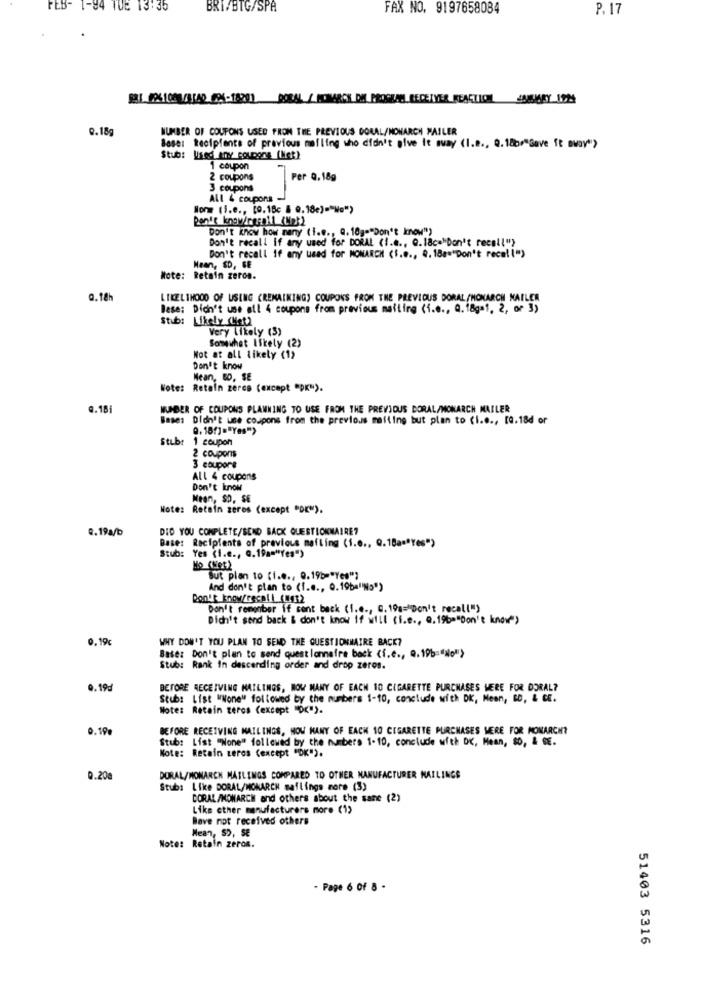
FEB- 1-94 TUE 13:35
BRI/BTG/SPA
FAX NO. 9197658084
P. 17
BBL 004108/81A2 04-18201 PORAL / KOMARCH ON PROGRAM RECEIVER REACTION ANEURY 17M
9.18g
NUMBER OF COUPONS USED FRON THE PREVIOUS DOMAL/MONARCH MAILER
Base: Recipients of previous mailing who didn't give it away (1.8 ., Q.18or"Save It away")
Stub: Used Any coupons (Net)
1 coupon
2 coupons
Per 0, 18g
3 coupons
All & coupons -
Non= (1.e ., [0.18c & @.18c)="No")
Don't know how many (i.e ., Q. 10g="Don't know")
Don't recall if any used for DORAL (I.e ., Q.18c="Don't recall"}
Don't recall if any used for MONARCH (I.e ., Q. 18a ** Don't recall")
Mean, SD, SE
Note: Retain zeron.
0.18h
LIKELIHOOD OF USING (REMAINING) COUPONS FROM THE PREVIOUS DORAL /MONARCH MAILER
Bese: Didn't use all 4 coupons from previous mailing (i.e ., Q.18ga1, 2, or 3)
Stub: Likely (Met)
Very Likely (3)
Somewhat likely (2)
Not at all likely (1)
Don't know
Mean, 80, SE
Note: Retain zeres (except "DK").
4.18i
NUMBER OF COUPONS PLANNING TO USE FROM THE PREVIOUS DORAL/MONARCH MAILER
Bases Didn't use coupons from the previous mailing but plan to (i.e ., [Q.18d or
Stub: 1 coupon
2 coupons
3 coupors
All 4 coupons
Don't know
Mean, SD. SE
Note: Retain zeros (except "OK").
@. 19a/b
DID YOU COMPLETE/SEND BACK QUESTIONNAIRE?
Base: Recipients of previous mafling (1.0 ., Q.18am"Yes")
Stub: Yes (i.e ., a.19a="Yes")
But plan to (i.e ., 0.19b="Yes"]
And don't plan to (f ..., 0.19b="Ns")
Don't know/recall_(#432
Don't remenber if sent back (1.e ., G. 19a="Don't recall")
Didn't send back & don't know if will (i.e ., @. 196="Don't know")
0.19c
WHY DON'T YOU PLAN TO SEND THE QUESTIONNAIRE BACK?
Base: Don't plan to send questionnaire back (f.c ., Q.19b="No">
Stub: Rank in descending order and drop zeros.
0.19:
BEFORE RECEIVING MAILINGS, HOW MANY OF EACH 10 CIGARETTE PURCHASES WERE FOR DORAL?
Stub: List WWone" followed by the numbers 1-10, conclude with DK, Mean, BD, & CE.
Note: Retain teros (except "OK").
0.19%
BEFORE RECEIVING MAILINGS, HOW MANY OF EACH 10 CIGARETTE PURCHASES MERE FOR MONARCH?
Stub: List "None" followed by the numbers 1-10, conclude with DK, Mean, 80, & GE.
Note: Retain teros (except "OK").
0.208
DORAL/MONARCH MAILINGS COMPARED TO OTHER MANUFACTURER MAILINGS
Stub: Like DORAL/MONARCH maflings more (3)
CORAL/MONARCH and others about the same (2)
Like other manufacturers more (1)
Bove not received others
Mean, SO, SE
Note: Retain zeros.
- Page 6 of 8 -
51403 5316